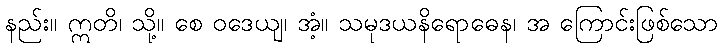
နည်း။ ဣတိ၊ သို့။ စေ ဝဒေယျ၊ အံ့။ သမုဒယနိရောဓေန၊ အ ကြောင်းဖြစ်သော